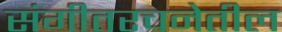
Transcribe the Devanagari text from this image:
संगीतरचनेतील